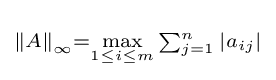
\scriptstyle \left\|A\right\|_{\infty }=\max \limits _{1\leq i\leq m}\sum _{j=1}^{n}|a_{ij}|